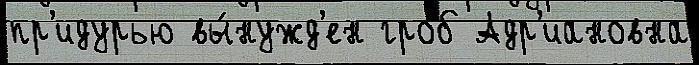
пр'идурью вы́нужд'ен гроб Адр'иановна